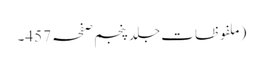
(ملفوظات جلد پنجم صفحہ 457۔